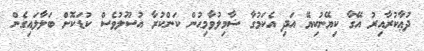
ދުޢާކުރާއިރު އޭގާ ކިޔޭނުކިޔޭ އަދި އެކަމުގާ ޝާމިލުވާމިޙުން ކަންކުރާ އުސޫލުވެސް ކުޑަކޮށް ބަލާލައިގެން